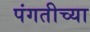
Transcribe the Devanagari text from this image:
पंगतीच्या